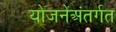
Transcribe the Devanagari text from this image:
योजनेंअंतर्गत